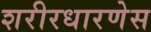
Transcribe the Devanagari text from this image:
शरीरधारणेस